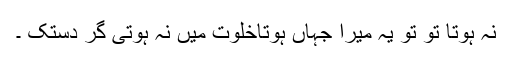
نہ ہوتا تو تو یہ میرا جہاں ہوتاخلوت میں نہ ہوتی گر دستک ۔